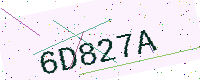
Text: 6D827A